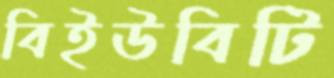
বিইউবিটি